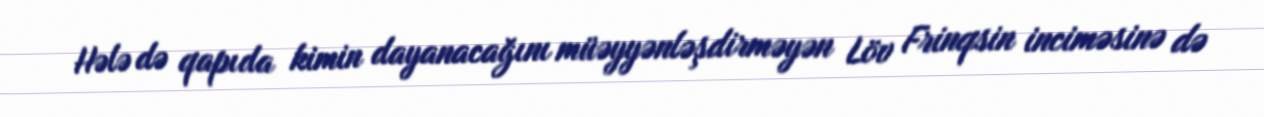
Hələ də qapıda kimin dayanacağını müəyyənləşdirməyən Löv Frinqsin inciməsinə də